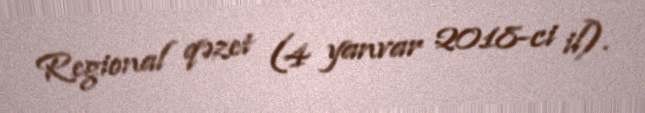
Regional qəzet (4 yanvar 2018-ci il).